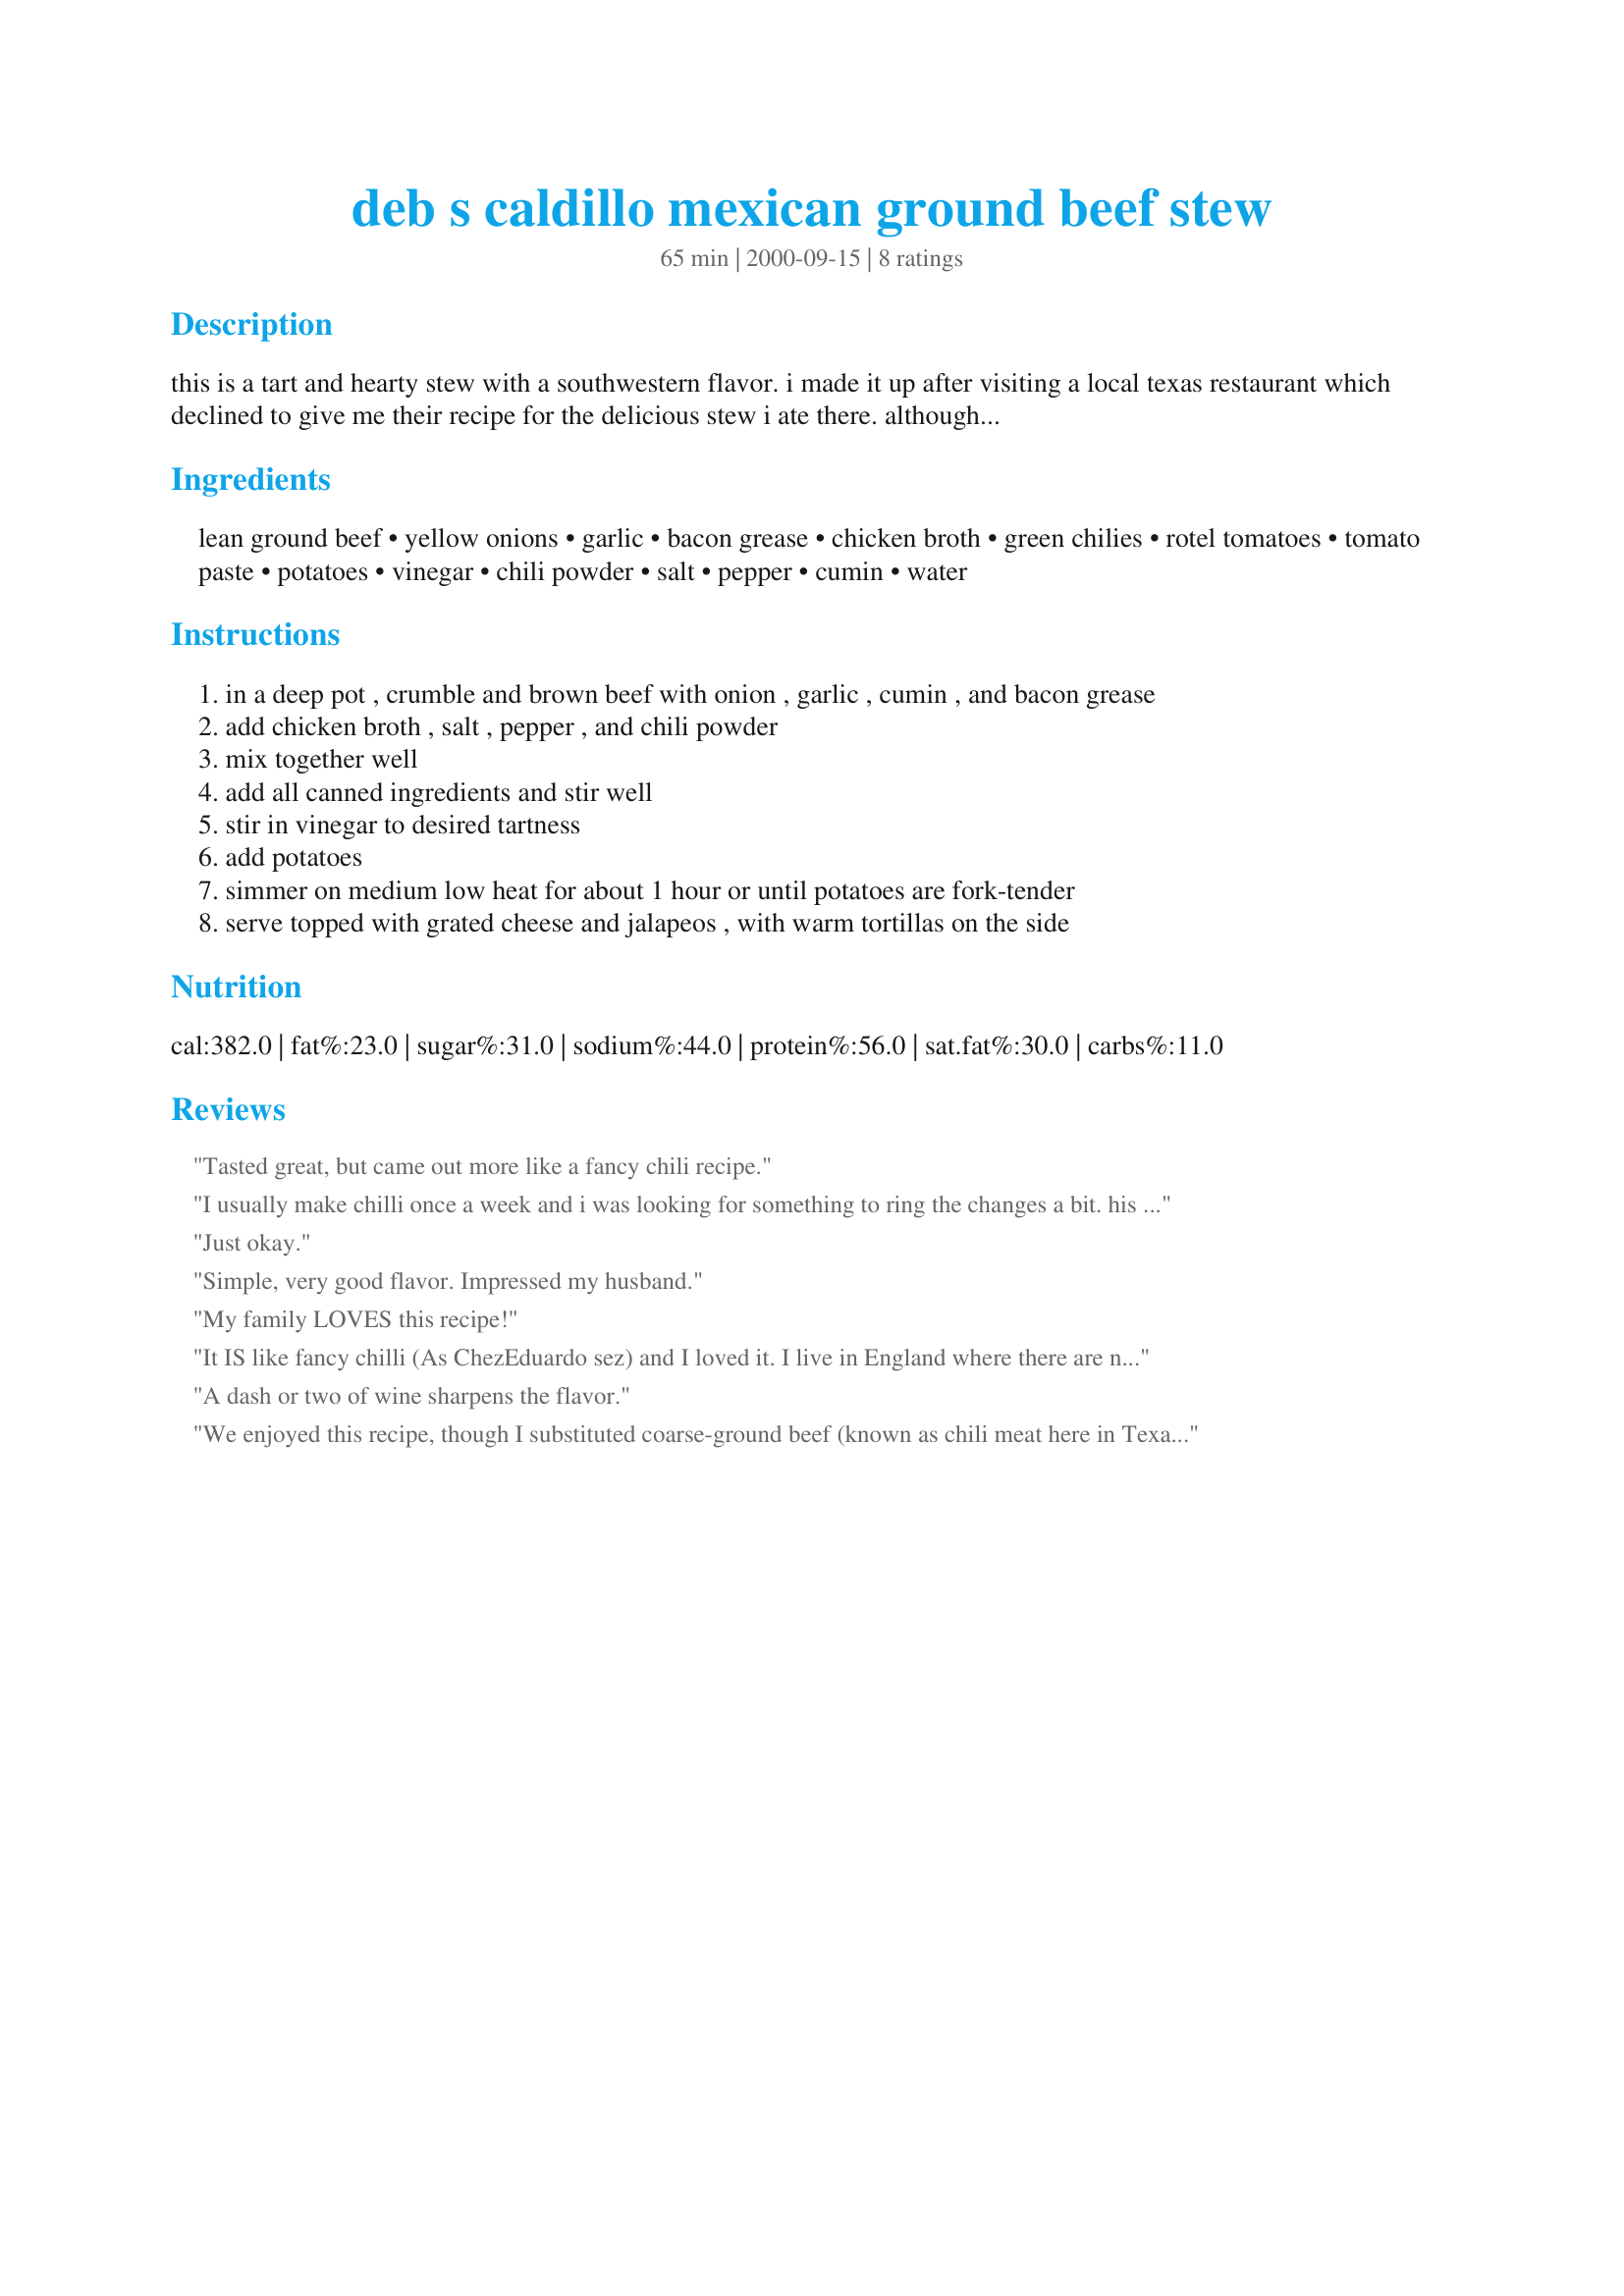
deb s caldillo mexican ground beef stew
Preparation time: 65 minutes

this is a tart and hearty stew with a southwestern flavor. i made it up after visiting a local texas restaurant which declined to give me their recipe for the delicious stew i ate there. although mine tastes similar to theirs, it is much more tart (which i like) and hot (which i love!) check it out if you like something a bit different. you won't be disappointed.

Ingredients:
lean ground beef, yellow onions, garlic, bacon grease, chicken broth, green chilies, rotel tomatoes, tomato paste, potatoes, vinegar, chili powder, salt, pepper, cumin, water

Steps:
in a deep pot , crumble and brown beef with onion , garlic , cumin , and bacon grease
add chicken broth , salt , pepper , and chili powder
mix together well
add all canned ingredients and stir well
stir in vinegar to desired tartness
add potatoes
simmer on medium low heat for about 1 hour or until potatoes are fork-tender
serve topped with grated cheese and jalapeos , with warm tortillas on the side

Reviews:
Tasted great, but came out more like a fancy chili recipe.
I usually make chilli once a week and i was looking for something to ring the changes a bit. his fitted the bill perfectly. I don't know what Rotel tomatoes are (haven't seen them in my local supermarket here in Scotland0 so i used a tin of chopped tomatoes. opted for the olive oil too. The tomatoes and vinegar added a bit of a change to the usual chilli dish. Husband and son loved it too! Thanks for posting this recipe.
Just okay.
Simple, very good flavor. Impressed my husband.
My family LOVES this recipe!
It IS like fancy chilli (As ChezEduardo sez) and I loved it. I live in England where there are no rotel tomatoes but I used tinned tomatoes and then added about 10 (chopped) jalapeno slices from a jar. I had to use about a cup of chicken broth for there to be enough liquid to cook the potatoes. Something very warming for these cold winter days. We topped ours with a little shredded cheese and fromage frais (sour cream). Thanks!
A dash or two of wine sharpens the flavor.
We enjoyed this recipe, though I substituted coarse-ground beef (known as chili meat here in Texas) and added heat to my portions with jalapenos. It doesn't replace a good bowl of Texas Red chili (which like this recipe, has NO beans) , but it is a good change of pace. I recommend it.
